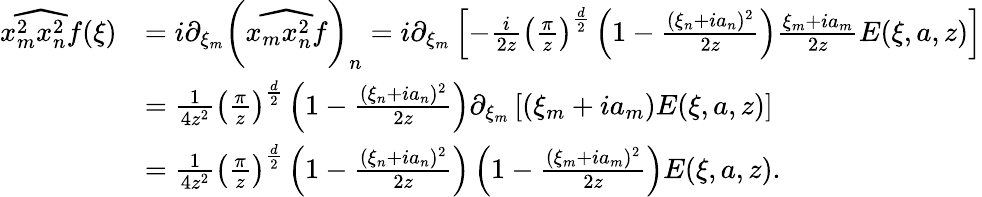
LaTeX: \begin{array}{rl}{\widehat{x_{m}^{2}x_{n}^{2}f}(\xi)}&{=i\partial_{\xi_{m}}\left(\widehat{x_{m}x_{n}^{2}f}\right)_{n}=i\partial_{\xi_{m}}\left[-\frac{i}{2z}\left(\frac{\pi}{z}\right)^{\frac{d}{2}}\left(1-\frac{(\xi_{n}+ia_{n})^{2}}{2z}\right)\frac{\xi_{m}+ia_{m}}{2z}E(\xi,a,z)\right]}\\ &{=\frac{1}{4z^{2}}\left(\frac{\pi}{z}\right)^{\frac{d}{2}}\left(1-\frac{(\xi_{n}+ia_{n})^{2}}{2z}\right)\partial_{\xi_{m}}\left[(\xi_{m}+ia_{m})E(\xi,a,z)\right]}\\ &{=\frac{1}{4z^{2}}\left(\frac{\pi}{z}\right)^{\frac{d}{2}}\left(1-\frac{(\xi_{n}+ia_{n})^{2}}{2z}\right)\left(1-\frac{(\xi_{m}+ia_{m})^{2}}{2z}\right)E(\xi,a,z).}\end{array}